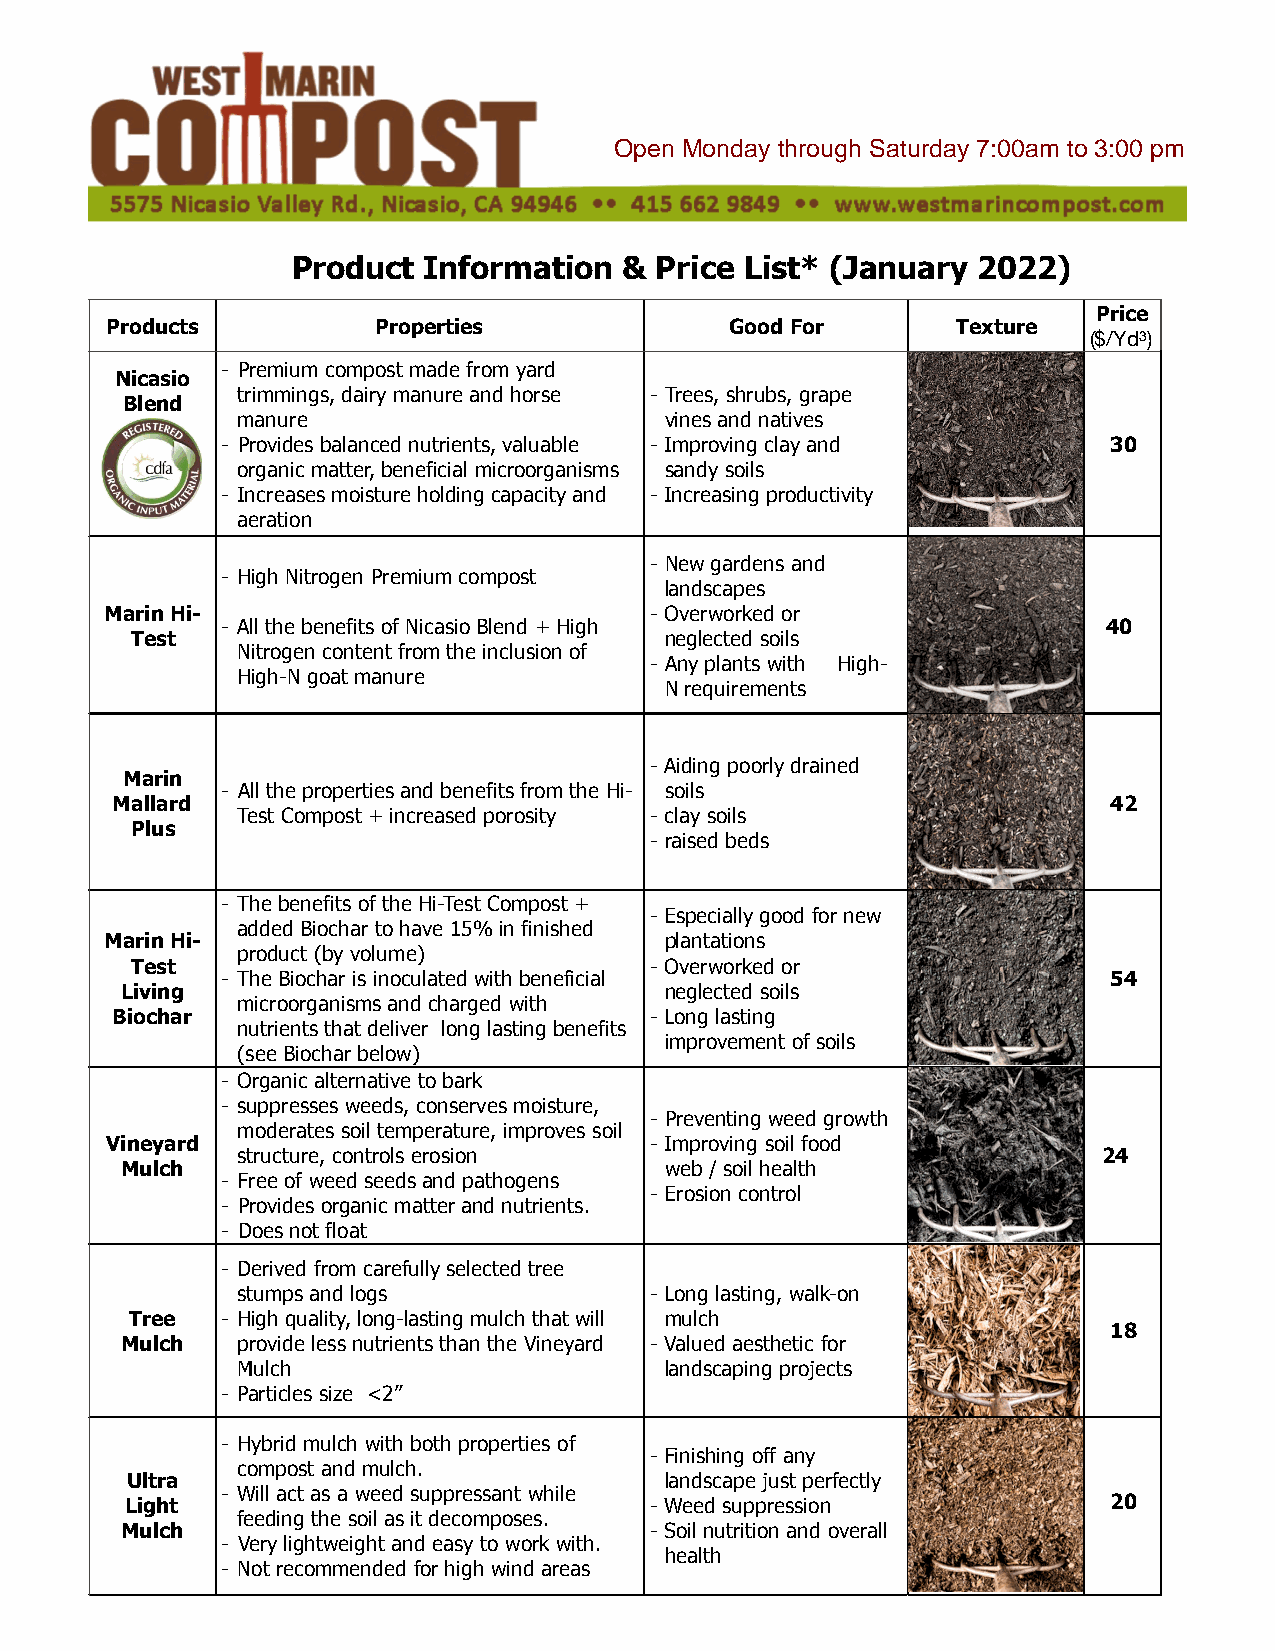
Product  Information  & Price List* (J        202  )
 anuary      2
 Price
 PPrroodduuccttss  Properties             Good For       Texture
 ($/Yd3)
 - Premium compost made from yard
 Nicasio
 trimmings, dairy manure and horse - Trees, shrubs, grape
 Blend
 manure                      vines and natives
 - Provides balanced nutrients, valuable - Improving clay and 30
 organic matter, beneficial microorganisms sandy soils
 - Increases moisture holding capacity and - Increasing productivity
 aeration
 - New gardens and
 - High Nitrogen Premium compost
 landscapes
 Marin Hi-                           - Overworked or
 - All the benefits of Nicasio Blend + High                40
 Test                               neglected soils
 Nitrogen content from the inclusion of
 - Any plants with High-
 High-N goat manure
 N requirements
 - Aiding poorly drained
 Marin
 - All the properties and benefits from the Hi- soils
 Mallard                                                            42
 Test Compost + increased porosity - clay soils
 Plus
 - raised beds
 - The benefits of the Hi-Test Compost +
 - Especially good for new
 added Biochar to have 15% in finished
 Marin Hi-                            plantations
 product (by volume)
 Test                              - Overworked or
 - The Biochar is inoculated with beneficial                54
 Living                              neglected soils
 microorganisms and charged with
 Biochar                             - Long lasting
 nutrients that deliver long lasting benefits
 improvement of soils
 (see Biochar below)
 - Organic alternative to bark
 - suppresses weeds, conserves moisture,
 - Preventing weed growth
 moderates soil temperature, improves soil
 Vineyard                            - Improving soil food
 structure, controls erosion                              24
 Mulch                               web / soil health
 - Free of weed seeds and pathogens
 - Erosion control
 - Provides organic matter and nutrients.
 - Does not float
 - Derived from carefully selected tree
 stumps and logs            - Long lasting, walk-on
 Tree  - High quality, long-lasting mulch that will mulch
 18
 Mulch   provide less nutrients than the Vineyard - Valued aesthetic for
 Mulch                       landscaping projects
 - Particles size <2’’
 - Hybrid mulch with both properties of
 - Finishing off any
 compost and mulch.
 Ultra                               landscape just perfectly
 - Will act as a weed suppressant while
 Light                              - Weed suppression             20
 feeding the soil as it decomposes.
 Mulch                              - Soil nutrition and overall
 - Very lightweight and easy to work with.
 health
 - Not recommended for high wind areas